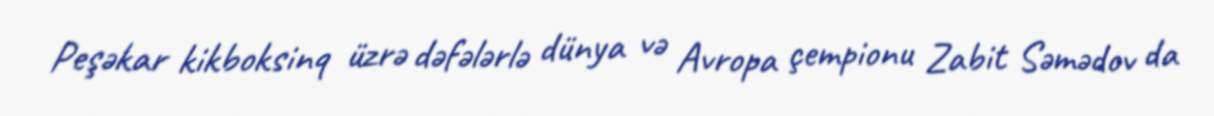
Peşəkar kikboksinq üzrə dəfələrlə dünya və Avropa çempionu Zabit Səmədov da